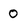
Character: 0